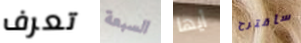
تعرف السبعة أيها سأقترح